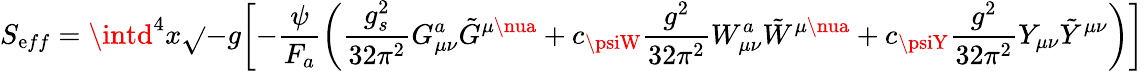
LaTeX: S_{\mathrm{e}ff}=\intd^{4}x\sqrt{}{{-g}}\biggl[-\frac{{\psi}}{{F_{a}}}\biggl(\frac{{g_{s}^{2}}}{{32\pi^{2}}}G_{\mu\nu}^{a}\tilde{{G}}^{\mu\nua}+c_{\psiW}\frac{{g^{2}}}{{32\pi^{2}}}W_{\mu\nu}^{a}\tilde{{W}}^{\mu\nua}+c_{\psiY}\frac{{g^{2}}}{{32\pi^{2}}}Y_{\mu\nu}\tilde{{Y}}^{\mu\nu}\biggl)\biggr]